Medical and sanitary report of the native army of Madras for the year
Year: 1876
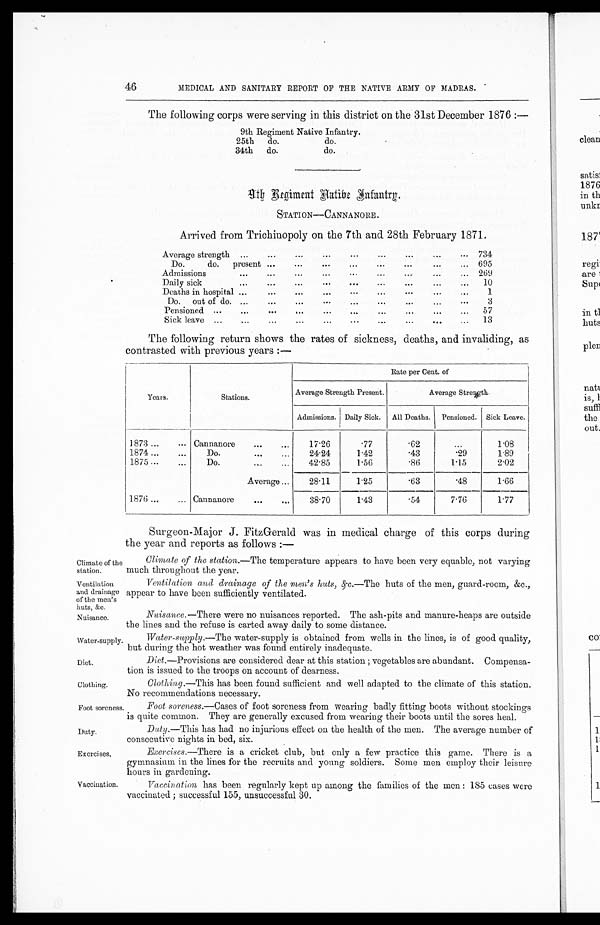
Climate of the
station.
Ventilation
and drainage
of the men’s
huts, &c.
Nuisance.
Water-supply.
Diet.
Clothing.
Foot soreness.
Duty.
Exercises.
46
MEDICAL AND SANITARY REPORT OF THE NATIVE ARMY OF MADRAS.
The following corps were serving in this district on the 31st December 1876 :—
9th Regiment Native Infantry.
25th
do.
do.
34th do.
do.
9th Regiment Native Infantry.
STATION—CANNANORE.
Arrived from Trichinopoly on the 7th and 28th February 1871.
Average strength
...
...
...
... ... ... ... ...
734
Do.
do.
present ...
...
... ... ... ... ... ...
695
Admissions
...
...
...
...
...
... 269
Daily sick
...
...
...
... ... ... ... ... ...
10
Deaths in hospital ...
...
... ... ... ... ... ...
1
Do.
out of do. ...
...
... ... ... ...
3
Pensioned ...
...
...
...
...
...
...
...
...
...
57
Sick leave ...
...
... ... ... ... ... ... ... ...
13
The following return shows the rates of sickness, deaths, and invaliding, as
contrasted with previous years :—
Years.
Stations.
Rate per Cent. of
Average Strength Present.
Average Strength.
Admissions. Daily Sick.
All Deaths.
Pensioned. Sick Leave.
1873 ...
. . . Cannanore
...
...
17.26
.77
.62
...
1.08
1874 ...
...
Do.
24.24
1.42
.43
. 2 9
1.89
1875 ...
...
Do.
...
...
42.85
1.56
.86
1.15
2.02
Average ...
28.11
1.25
.63
.48
1.66
1876 ...
... Cannanore
...
...
38.70
1.43
.54
7.76
1.77
Surgeon-Major J. FitzGerald was in medical charge of this corps during
the year and reports as follows :—
Climate of the station.— The temperature appears to have been very equable, not varying
much throughout the year.
Ventilation and drainage of the men’s huts, &c.—The huts of the men, guard-room, &c.,
appear to have been sufficiently ventilated.
Nuisance. —There were no nuisances reported. The ash-pits and manure-heaps are outside
the lines and the refuse is carted away daily to some distance.
Water-supply .—The water-supply is obtained from wells in the lines, is of good quality,
but during the hot weather was found entirely inadequate.
Diet .—Provisions are considered dear at this station; vegetables are abundant. Compensa-
tion is issued to the troops on account of dearness.
Clothing .—This has been found sufficient and well adapted to the climate of this station.
No recommendations necessary.
Vaccination
Foot soreness .—Cases of foot soreness from wearing badly fitting boots without stockings
is quite common. They are generally excused from wearing their boots until the sores heal.
Duty.—This has had no injurious effect on the health of the men. The average number of
consecutive nights in bed, six.
Exercises .—There is a cricket club, but only a few practice this game. There is a
gymnasium in the lines for the recruits and young soldiers. Some men employ their leisure
hours in gardening.
Vaccination has been regularly kept up among the families of the men : 185 cases were
vaccinated; successful 155, unsuccessful 30.